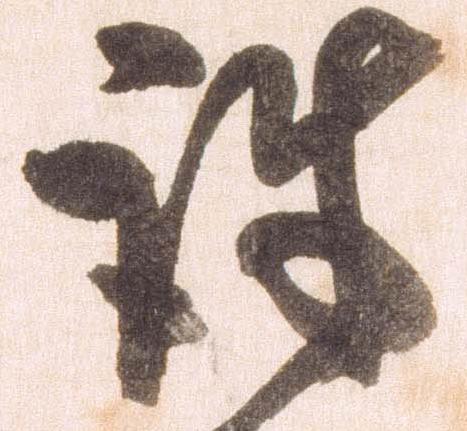
誅